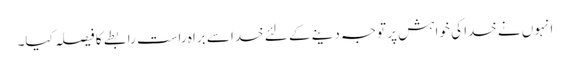
انہوں نے خدا کی خواہش پر توجہ دینے کے لئے خدا سے براہ راست رابطے کا فیصلہ کیا۔